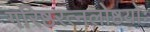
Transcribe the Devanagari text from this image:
गरिष्ठरत्नलोष्ठयोः